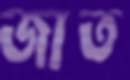
জাত